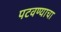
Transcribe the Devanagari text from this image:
पटवण्याचा